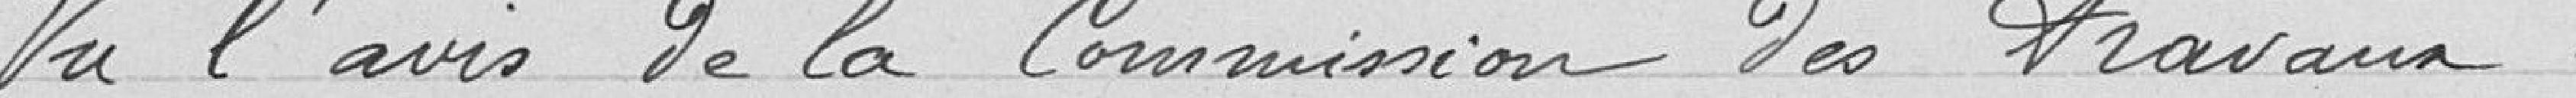
Vu l'avis de la Commission des travaux,